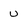
Character: u